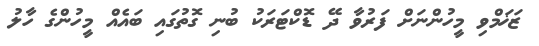
ޒަޚަމްވި މީހުންނަށް ފަރުވާ ދޭ ޑޮކްޓަރަކު ބުނި ގޮތުގައި ބައެއް މީހުންގެ ހާލު